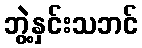
ဘွဲ့နှင်းသဘင်